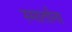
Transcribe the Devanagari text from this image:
स्मार्तांना